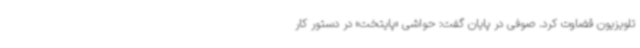
تلویزیون قضاوت کرد. صوفی در پایان گفت: حواشی «پایتخت» در دستور کار